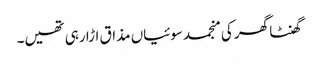
گھنٹا گھر کی منجمد سوئیاں مذاق اڑا رہی تھیں۔